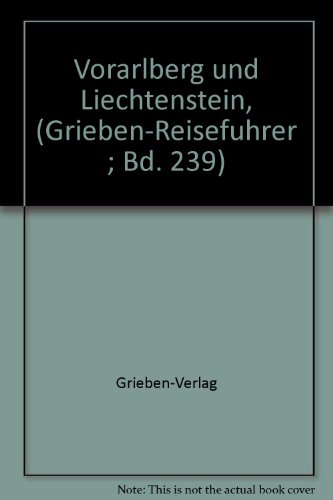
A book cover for Vorarlberg und Liechtenstein, (Grieben-Reisefuhrer ; Bd. 239) (German Edition); Grieben-Verlag; Travel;